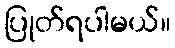
ပြုတ်ရပါမယ်။